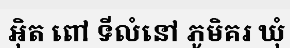
អ៊ិត ពៅ ទីលំនៅ ភូមិគរ ឃុំ